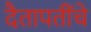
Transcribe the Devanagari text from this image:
दैतापतींचे